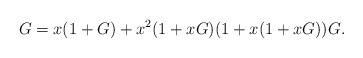
\begin{align*}G = x(1+G) +x^2(1+xG)(1 + x(1+xG))G. \end{align*}